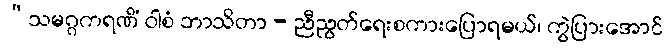
“သမဂ္ဂကရဏိံ ဝါစံ ဘာသိတာ - ညီညွတ်ရေးစကားပြောရမယ်၊ ကွဲပြားအောင်